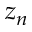
z _ { n }